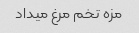
مزه تخم مرغ میداد